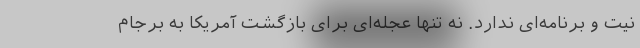
نیت و برنامه‌ای ندارد. نه تنها عجله‌ای برای بازگشت آمریکا به برجام